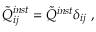
\tilde { Q } _ { i j } ^ { i n s t } = \tilde { Q } ^ { i n s t } \delta _ { i j } \ ,